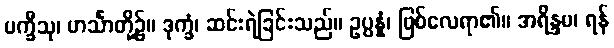
ပက္ခီသု၊ ဟင်္သာတို့၌။ ဒုက္ခံ၊ ဆင်းရဲခြင်းသည်။ ဥပ္ပန္နံ၊ ဖြစ်လေရာ၏။ အရိန္ဒမ၊ ရန်